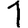
Digit: 1